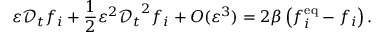
\varepsilon \mathcal { D } _ { t } f _ { i } + \frac { 1 } { 2 } \varepsilon ^ { 2 } { \mathcal { D } _ { t } } ^ { 2 } f _ { i } + { O } ( \varepsilon ^ { 3 } ) = 2 \beta \left( f _ { i } ^ { \mathrm { e q } } - f _ { i } \right) .